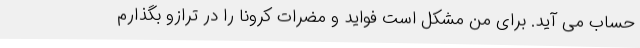
حساب می آید. برای من مشکل است فواید و مضرات کرونا را در ترازو بگذارم